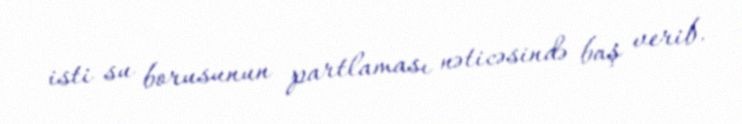
isti su borusunun partlaması nəticəsində baş verib.